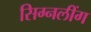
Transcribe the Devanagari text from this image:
सिग्नलींग